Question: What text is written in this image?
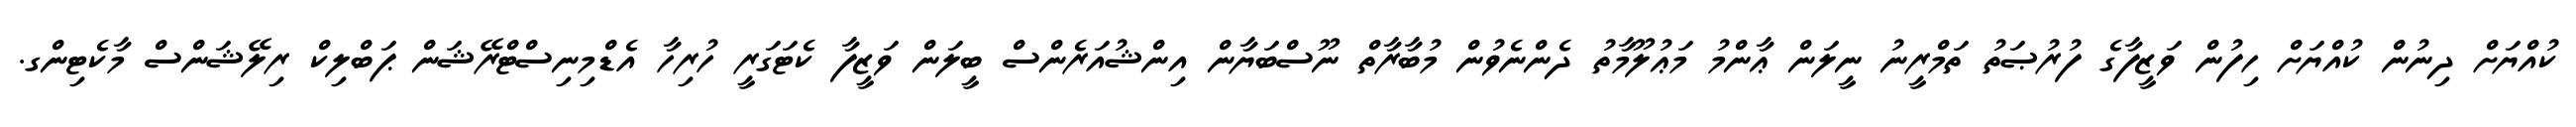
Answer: ކުއްޔަށް ދިނުން ކުއްޔަށް ހިފުން ވަޒީފާގެ ފުރުޞަތު ތަމްރީނު ނީލަން ޢާންމު މަޢުލޫމާތު ދެންނެވުން މުބާރާތް ނޫސްބަޔާން އިންޝުއަރެންސް ބީލަން ވަޒީފާ ކެޓަގަރީ ހުރިހާ އެޑްމިނިސްޓްރޭޝަން ޕަބްލިކް ރިލޭޝަންސް މާކެޓިންގ.